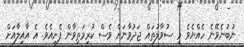
ނުބުނެވޭނެ ހެއްޔެވެ މި ސުވާލުތައް ޖަދުވާނަށް ވެސް ކުރިމަތިވާން ފެށިއެވެ. އެ އާއިލާއަށް